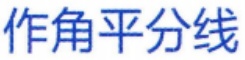
作角平分线